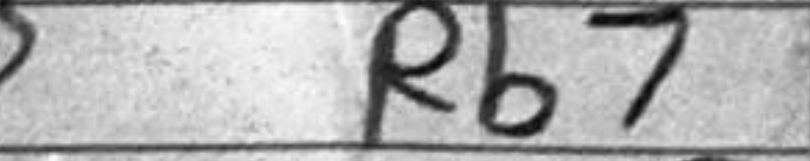
Transcription: Rb7